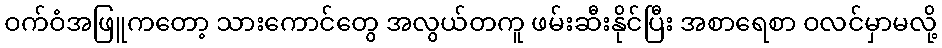
ဝက်ဝံအဖြူကတော့ သားကောင်တွေ အလွယ်တကူ ဖမ်းဆီးနိုင်ပြီး အစာရေစာ ဝလင်မှာမလို့